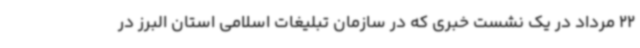
22 مرداد در یک نشست خبری که در سازمان تبلیغات اسلامی استان البرز در